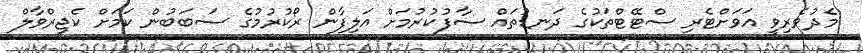
މެދުވެރިވީ އަވަށްޓެރި ސްޓޭޓްތަކުގެ ދަނޑުތައް ސާފުކުރުމަށް އަލިފާން ރޯކުރުމުގެ ސަބަބުން ކަމަށް ކެޖިރްވާލް